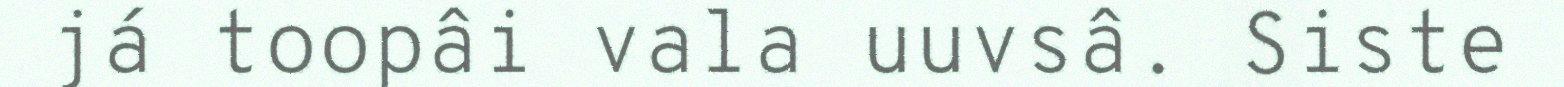
já toopâi vala uuvsâ. Siste